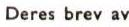
Deres brev av